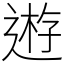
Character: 𨔼